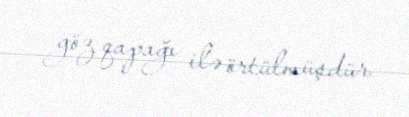
göz qapağı ilə örtülmüşdür.